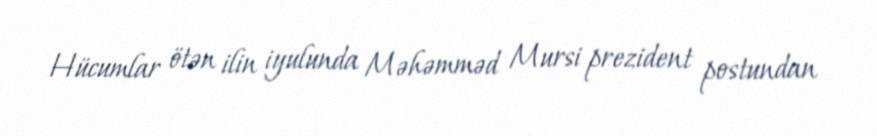
Hücumlar ötən ilin iyulunda Məhəmməd Mursi prezident postundan